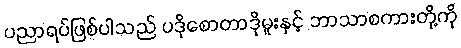
ပညာရပ်ဖြစ်ပါသည် ပဒိုစောတာဒိုမူးနှင့် ဘာသာစကားတို့ကို